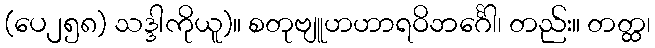
(ပေ၂၅၈) သဒ္ဒါကိုယူ)။ စတုဗျူဟဟာရဝိဘင်္ဂေါ၊ တည်း။ တတ္ထ၊